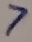
Text: 7